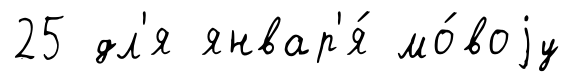
25 дл'я январ'я́ мо́воjу